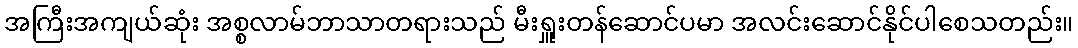
အကြီးအကျယ်ဆုံး အစ္စလာမ်ဘာသာတရားသည် မီးရှူးတန်ဆောင်ပမာ အလင်းဆောင်နိုင်ပါစေသတည်း။